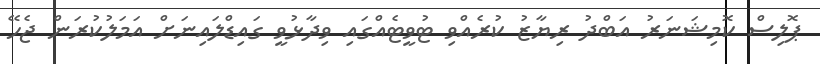
ޕޮލިސް ކޮމިޝަނަރު އަބްދު ރިޔާޒު ކުރެއްވި ޓުވީޓެއްގައި ވިދާޅުވީ ގައިޑްލައިނަށް އަމަލުކުރަން ޖެހޭ